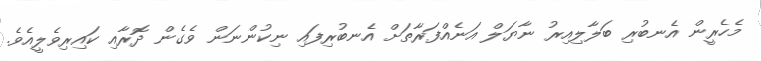
މެހެރީން އެނބުރި ބަލާލިއިރު ނާޔަލް އަނެއްފަރާތަށް އެނބުރިފައި ނިކުންނަން ވެގެން ދޮރާއި ކައިރިވެލީއެވެ.